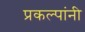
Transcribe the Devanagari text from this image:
प्रकल्पांनी